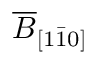
\overline { { B } } _ { [ 1 \bar { 1 } 0 ] }